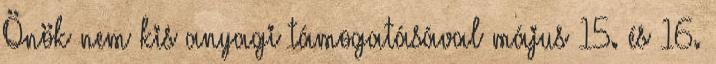
Önök nem kis anyagi támogatásával május 15. és 16.